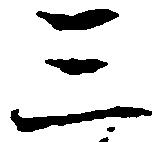
三